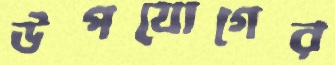
উপযোগের